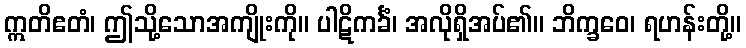
ဣတိဧတံ၊ ဤသို့သောအကျိုးကို။ ပါဋိကင်္ခံ၊ အလိုရှိအပ်၏။ ဘိက္ခဝေ၊ ရဟန်းတို့။